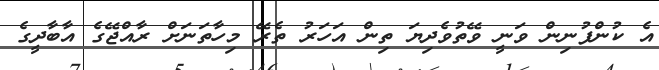
އެ ކުންފުނިން ވަނީ ވޭތުވެދިޔަ ތިން އަހަރު ތެރޭ މިހާތަނަށް ރާއްޖޭގެ އާބާދީގެ